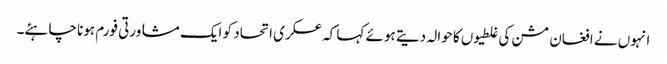
انہوں نے افغان مشن کی غلطیوں کا حوالہ دیتے ہوئے کہا کہ عسکری اتحاد کو ایک مشاورتی فورم ہونا چاہئے۔